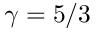
\gamma = 5 / 3